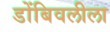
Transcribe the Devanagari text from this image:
डोंबिवलीला